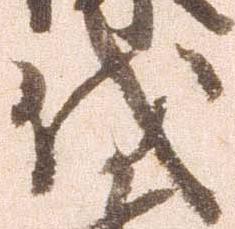
伐